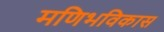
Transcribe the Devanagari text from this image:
मणिभविकास